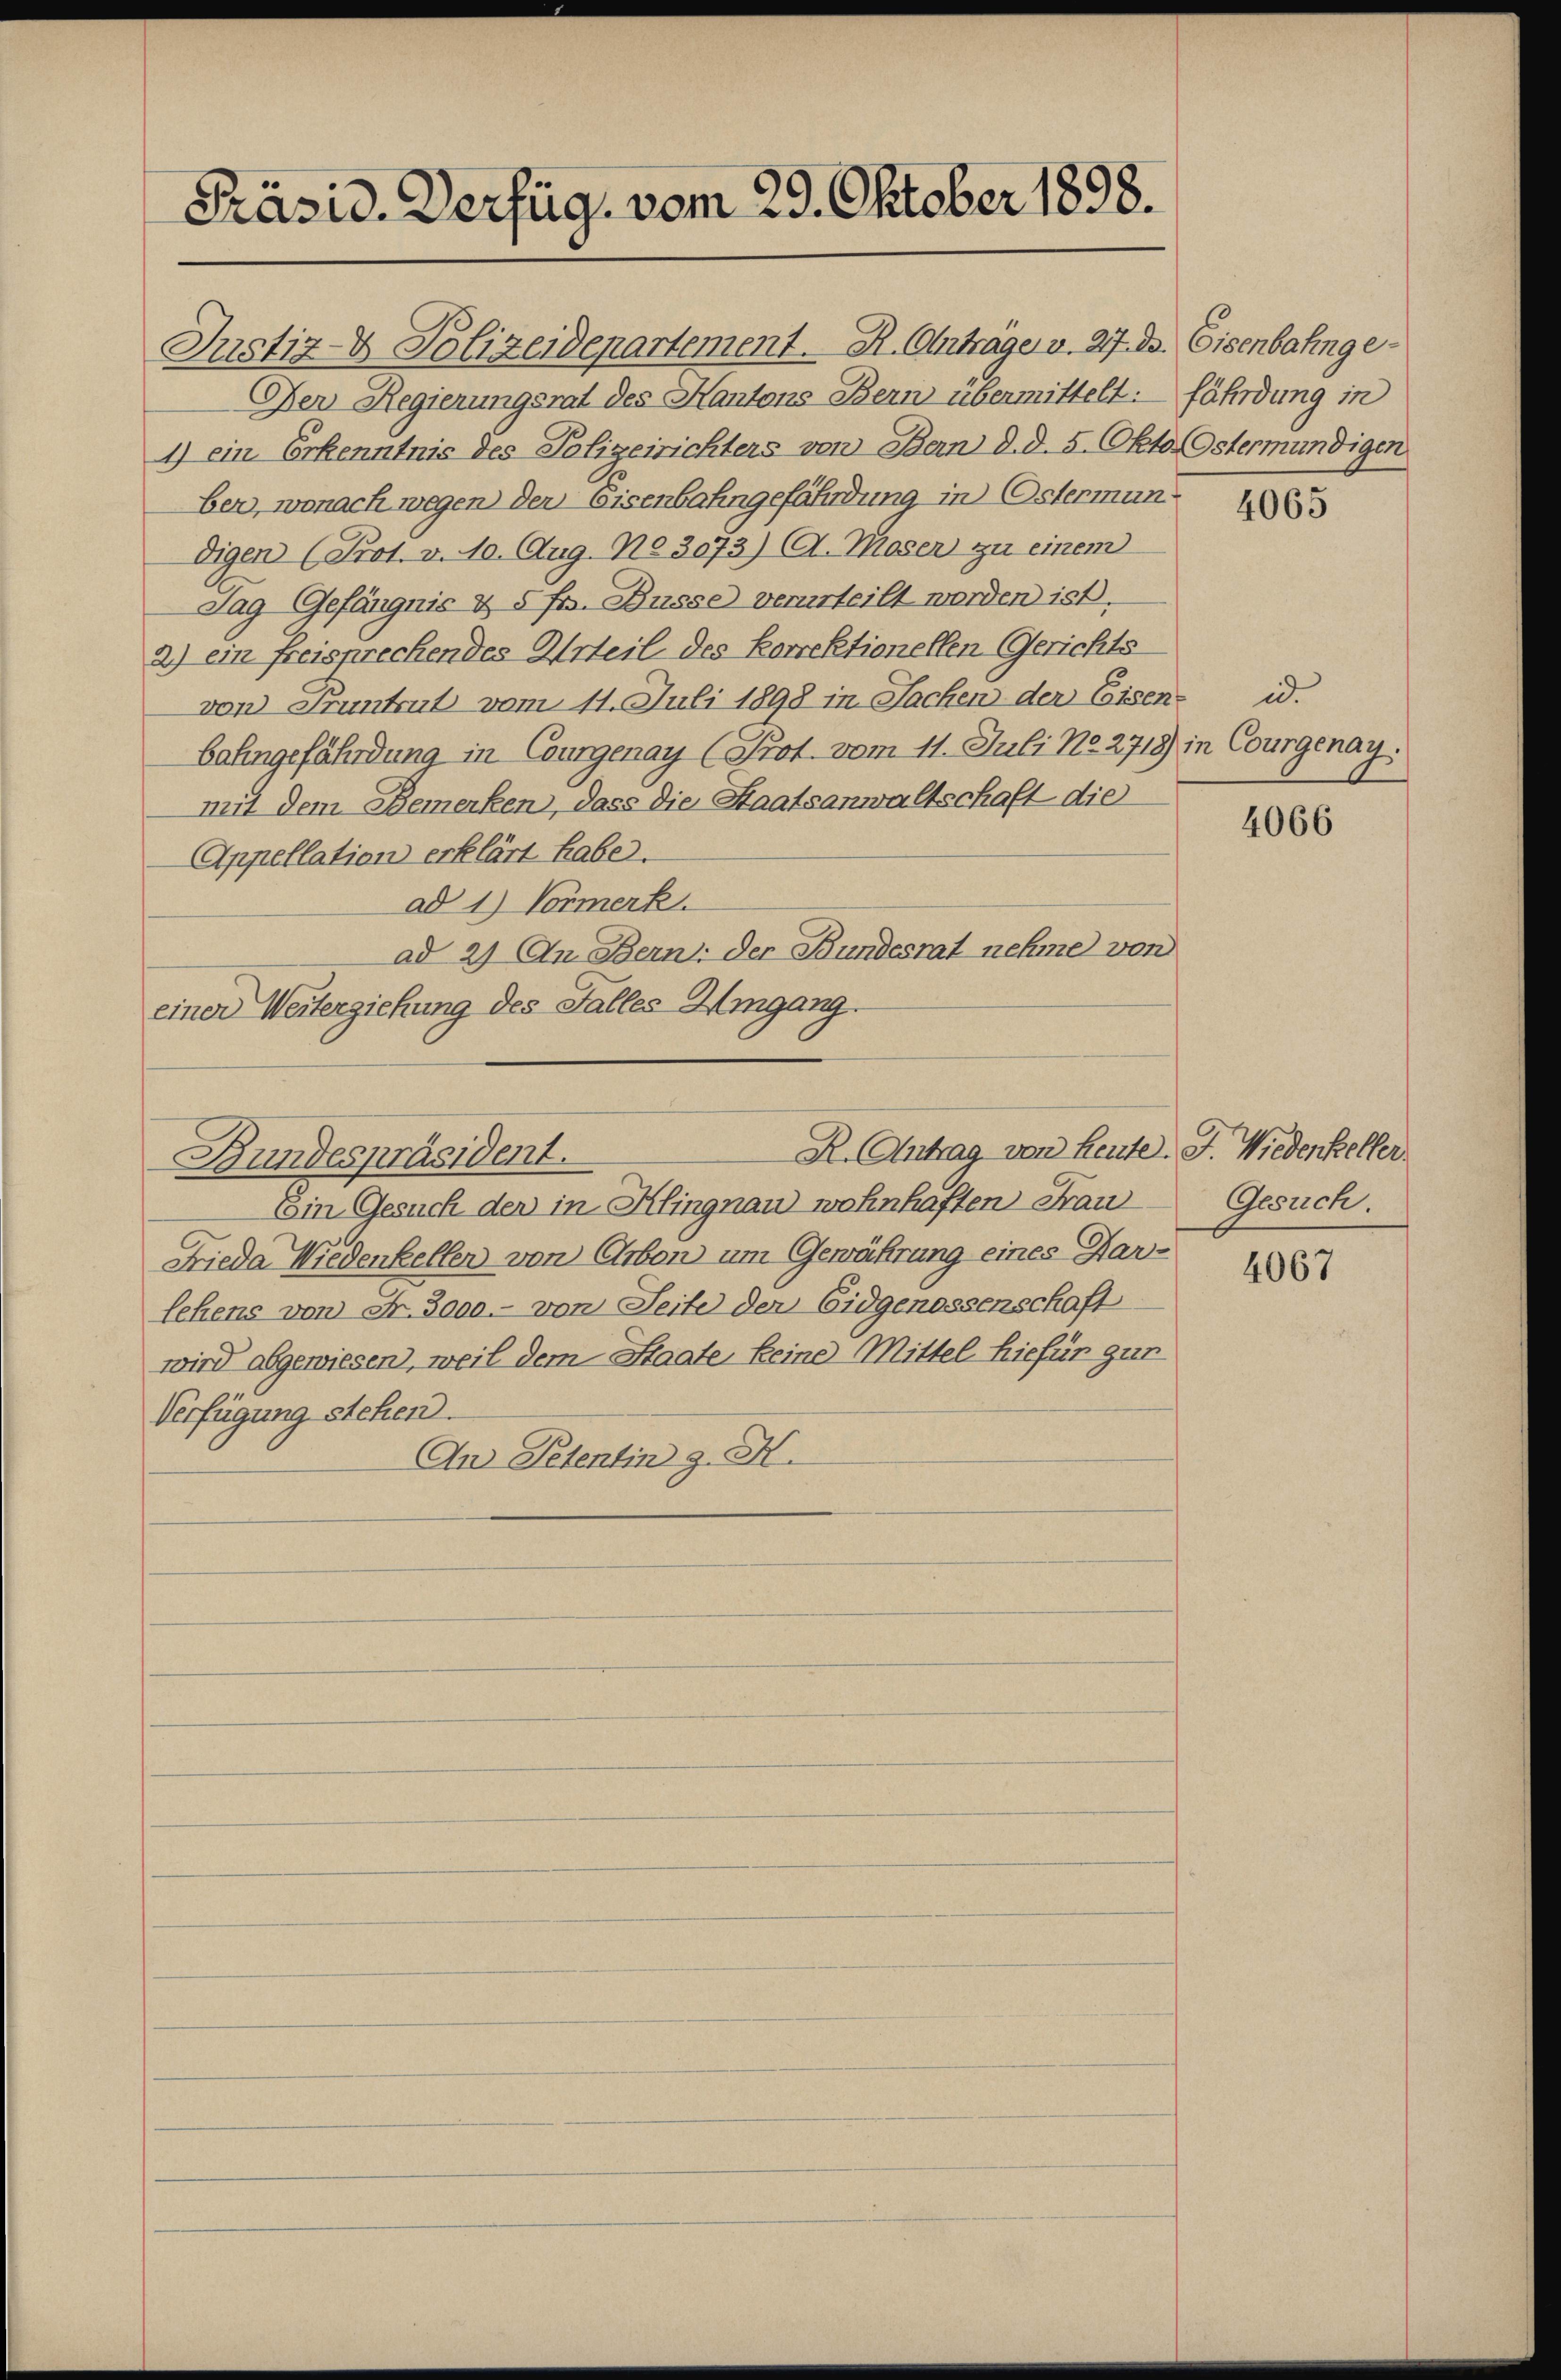
Präsid. Verfüg, vom 29. Oktober 1898.

Justiz- & Polizeidepartement. R. Anträge v. 27. ds. Eisenbahnge¬
Oper Regierungsrat des Kantons Bern übermittelt: fährdung in
1) ein Erkenntnis des Polizeirichters von Bern d. d. 5. Okto Ostermündigen
ber, wonach wegen der Eisenbahngefährdung in Ostermun
digen (Prot. v. 10. Aug. No 3073) A. Moser zu einem
dag Gefängnis & 5 frs. Busse verurteilt worden ist.
2.) ein freisprechendes Urteil des Korrektionellen Gerichts
von Pruntrut vom 11. Juli 1898 in Sachen der Eisen- id.
Bahngefährdung in Courgenay (Prot. vom 11. Juli No 2718) in Courgenay.
mit dem Bemerken, dass die Staatsanwaltschaft die
Appellation erklärt habe.
ad 1) Vormerk.
ad 2) An Bern: der Bundesrat nehme von
einer Weiterziehung des Falles Umgang.

R. Antrag von heute F. Wiedenkelfer
Bundespräsident.

Ein Gesuch der in Klingnau wohnhaften Frau
Frieda Wiedenkeller von Erben um Gewährung eines Dar-
lehens von Fr. 3000.- von Seite der Eidgenossenschaft
wird abgewiesen, weil dem Staate keine Mittel hiefür gur
Verfügung stehen.
An Petentin z. H.

4065

4066

Gesuch.

4067